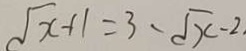
\sqrt { x } + 1 = 3 - \sqrt { x } - 2